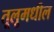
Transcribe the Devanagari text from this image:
तूलूमधील